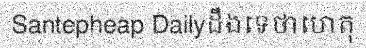
Santepheap Dailyដឹងទេថាហេតុ